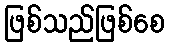
ဖြစ်သည်ဖြစ်စေ